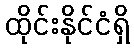
ထိုင်းနိုင်ငံရှိ